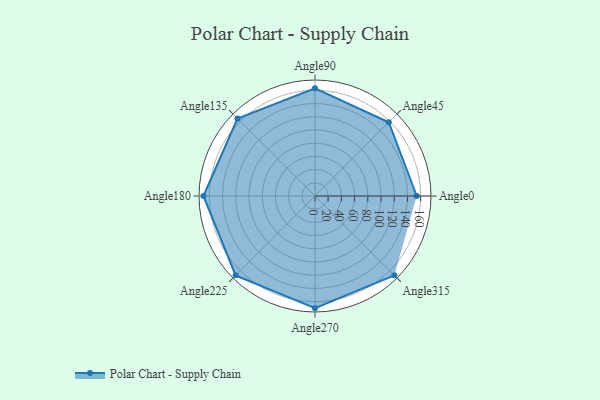
{"axis": {"x": "Angle", "y": "Radius"}, "legend": [""], "data": [{"x": "Angle0", "y": 154.0, "type": ""}, {"x": "Angle45", "y": 158.0, "type": ""}, {"x": "Angle90", "y": 163.0, "type": ""}, {"x": "Angle135", "y": 166.0, "type": ""}, {"x": "Angle180", "y": 169.0, "type": ""}, {"x": "Angle225", "y": 170, "type": ""}, {"x": "Angle270", "y": 170, "type": ""}, {"x": "Angle315", "y": 170, "type": ""}]}